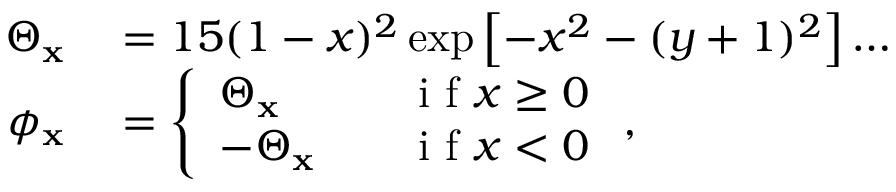
\begin{array} { r l } { \Theta _ { \mathbf { x } } } & { { } = 1 5 ( 1 - x ) ^ { 2 } \exp \left[ - x ^ { 2 } - ( y + 1 ) ^ { 2 } \right] \ldots } \\ { \phi _ { \mathbf { x } } } & { { } = \left\{ \begin{array} { l l } { \Theta _ { \mathbf { x } } } & { \quad \mathrm { ~ i ~ f ~ } x \geq 0 } \\ { - \Theta _ { \mathbf { x } } } & { \quad \mathrm { ~ i ~ f ~ } x < 0 } \end{array} \right. , } \end{array}